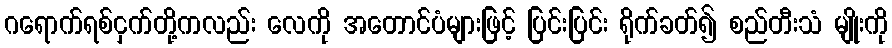
ဂရောက်ရစ်ငှက်တို့ကလည်း လေကို အတောင်ပံများဖြင့် ပြင်းပြင်း ရိုက်ခတ်၍ စည်တီးသံ မျိုးကို